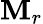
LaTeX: \mathbf{M}_{r}